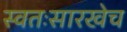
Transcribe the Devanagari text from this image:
स्वतःसारखेच